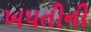
ખપતીની